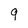
Character: 9